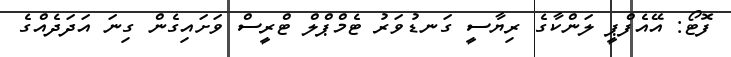
ފޮޓޯ: އޭއެފްޕީ ލަންކާގެ ރިޔާސީ ގަނޑުވަރު ޓެމްޕްލް ޓްރީސް ވަށައިގެން ގިނަ އަދަދެއްގެ